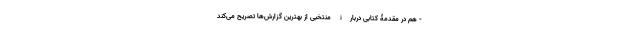
- هم در مقدمۀ کتابی دربارۀ منتخبی از بهترین گزارش‌ها تصریح می‌کند